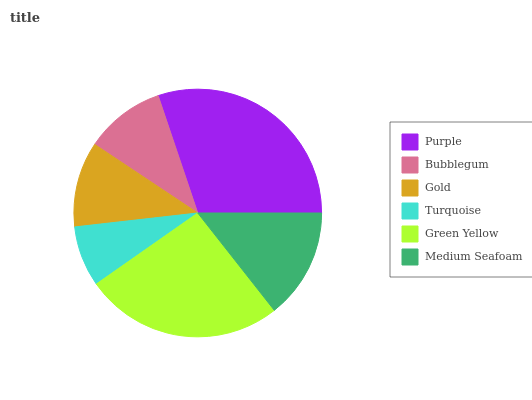
| Purple | Bubblegum | Gold | Turquoise | Green Yellow | Medium Seafoam |
 | --- | --- | --- | --- | --- | --- |
 | 30.2% | 10.5% | 11.1% | 7.92% | 25.9% | 14.4% |